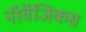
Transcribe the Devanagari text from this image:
नॉर्वेजिकस